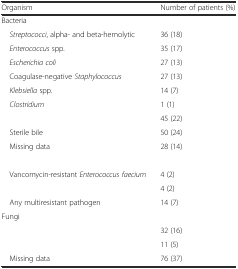
<table><thead><tr><td><b>Organism</b></td><td><b>Number of patients (%)</b></td></tr></thead><tbody><tr><td>Bacteria</td><td>[EMPTY_CELL]</td></tr><tr><td> <i>Streptococci</i>, alpha- and beta-hemolytic</td><td>36 (18)</td></tr><tr><td> <i>Enterococcus</i> spp.</td><td>35 (17)</td></tr><tr><td> <i>Escherichia coli</i></td><td>27 (13)</td></tr><tr><td> Coagulase-negative <i>Staphylococcus</i></td><td>27 (13)</td></tr><tr><td> <i>Klebsiella</i> spp.</td><td>14 (7)</td></tr><tr><td> <i>Clostridium</i></td><td>1 (1)</td></tr><tr><td>[EMPTY_CELL]</td><td>45 (22)</td></tr><tr><td> Sterile bile</td><td>50 (24)</td></tr><tr><td> Missing data</td><td>28 (14)</td></tr><tr><td>[EMPTY_CELL]</td><td>[EMPTY_CELL]</td></tr><tr><td> Vancomycin-resistant <i>Enterococcus faecium</i></td><td>4 (2)</td></tr><tr><td>[EMPTY_CELL]</td><td>4 (2)</td></tr><tr><td> Any multiresistant pathogen</td><td>14 (7)</td></tr><tr><td>Fungi</td><td>[EMPTY_CELL]</td></tr><tr><td>[EMPTY_CELL]</td><td>32 (16)</td></tr><tr><td>[EMPTY_CELL]</td><td>11 (5)</td></tr><tr><td> Missing data</td><td>76 (37)</td></tr></tbody></table>